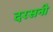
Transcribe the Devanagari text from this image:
दरसनी